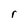
Character: r